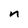
Character: n